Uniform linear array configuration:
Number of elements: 24
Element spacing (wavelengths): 0.5
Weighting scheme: kaiser
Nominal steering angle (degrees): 15
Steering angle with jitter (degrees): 14.531
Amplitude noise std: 0.05
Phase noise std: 0.05

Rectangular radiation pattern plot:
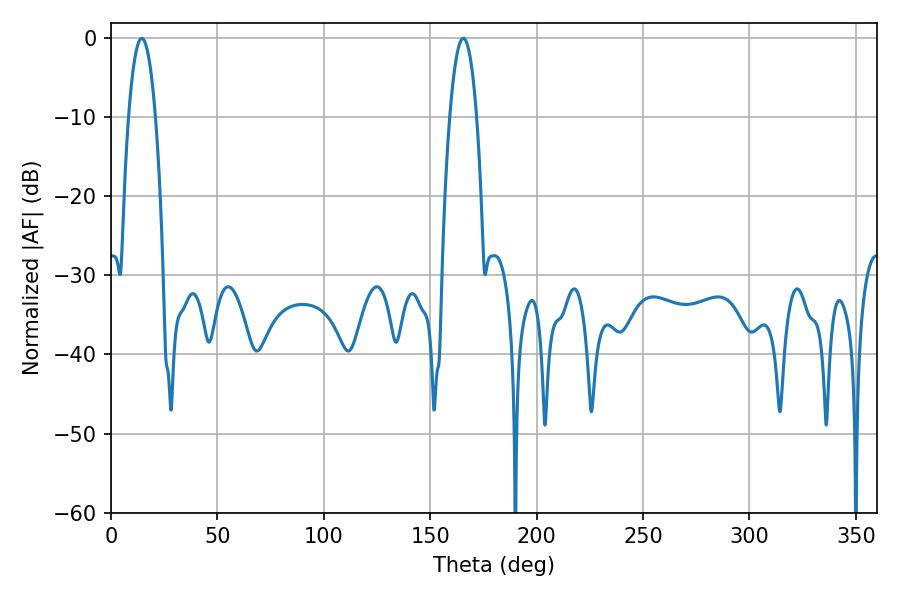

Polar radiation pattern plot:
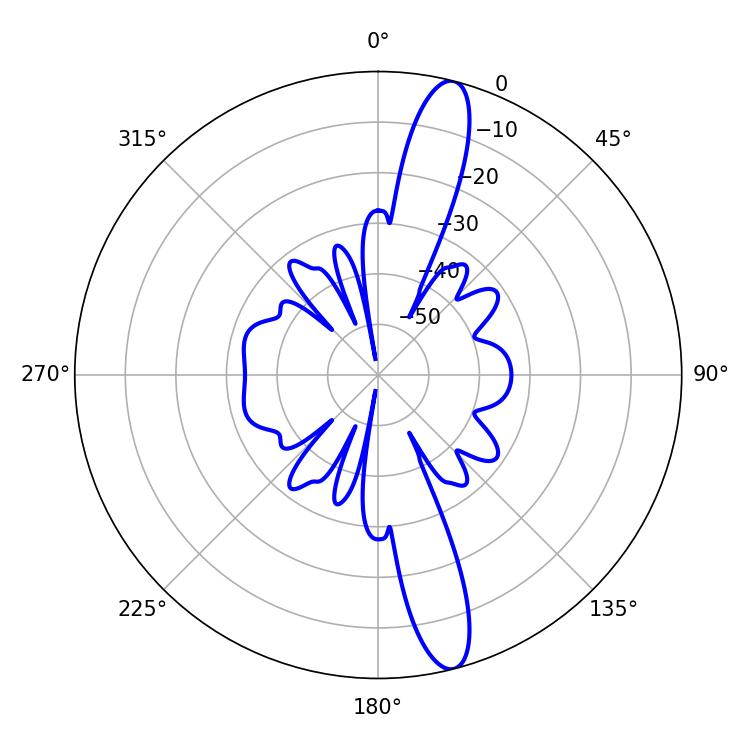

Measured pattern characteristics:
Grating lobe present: FALSE
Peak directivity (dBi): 14.841
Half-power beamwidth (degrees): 7.02
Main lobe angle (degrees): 14.4